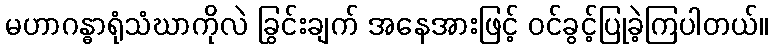
မဟာဂန္ဓာရုံသံဃာကိုလဲ ခြွင်းချက် အနေအားဖြင့် ဝင်ခွင့်ပြုခဲ့ကြပါတယ်။